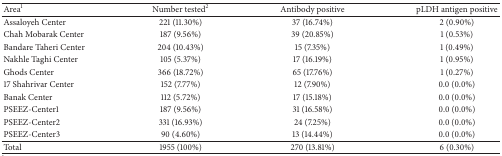
<table><thead><tr><td><b>Area<sup>1</sup></b></td><td><b>Number tested<sup>2</sup></b></td><td><b>Antibody positive</b></td><td><b>pLDH antigen positive</b></td></tr></thead><tbody><tr><td>Assaloyeh Center</td><td>221 (11.30%)</td><td>37 (16.74%)</td><td>2 (0.90%)</td></tr><tr><td>Chah Mobarak Center</td><td>187 (9.56%)</td><td>39 (20.85%)</td><td>1 (0.53%)</td></tr><tr><td>Bandare Taheri Center</td><td>204 (10.43%)</td><td>15 (7.35%)</td><td>1 (0.49%)</td></tr><tr><td>Nakhle Taghi Center</td><td>105 (5.37%)</td><td>17 (16.19%)</td><td>1 (0.95%)</td></tr><tr><td>Ghods Center</td><td>366 (18.72%)</td><td>65 (17.76%)</td><td>1 (0.27%)</td></tr><tr><td>17 Shahrivar Center</td><td>152 (7.77%)</td><td>12 (7.90%)</td><td>0.0 (0.0%)</td></tr><tr><td>Banak Center</td><td>112 (5.72%)</td><td>17 (15.18%)</td><td>0.0 (0.0%)</td></tr><tr><td>PSEEZ-Center1</td><td>187 (9.56%)</td><td>31 (16.58%)</td><td>0.0 (0.0%)</td></tr><tr><td>PSEEZ-Center2</td><td>331 (16.93%)</td><td>24 (7.25%)</td><td>0.0 (0.0%)</td></tr><tr><td>PSEEZ-Center3</td><td>90 (4.60%)</td><td>13 (14.44%)</td><td>0.0 (0.0%)</td></tr><tr><td>Total</td><td>1955 (100%)</td><td>270 (13.81%)</td><td>6 (0.30%)</td></tr></tbody></table>